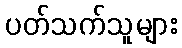
ပတ်သက်သူများ